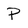
Character: p